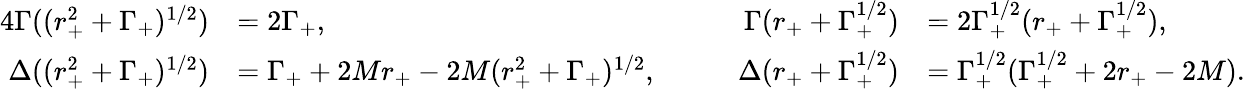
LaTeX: \begin{array}{rlrl}{{4}\Gamma((r_{+}^{2}+\Gamma_{+})^{1/2})}&{=2\Gamma_{+},\qquad}&{\Gamma(r_{+}+\Gamma_{+}^{1/2})}&{=2\Gamma_{+}^{1/2}(r_{+}+\Gamma_{+}^{1/2}),}\\ {\Delta((r_{+}^{2}+\Gamma_{+})^{1/2})}&{=\Gamma_{+}+2Mr_{+}-2M(r_{+}^{2}+\Gamma_{+})^{1/2},\qquad}&{\Delta(r_{+}+\Gamma_{+}^{1/2})}&{=\Gamma_{+}^{1/2}(\Gamma_{+}^{1/2}+2r_{+}-2M).}\end{array}